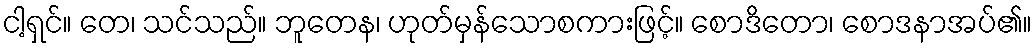
ငါ့ရှင်။ တေ၊ သင်သည်။ ဘူတေန၊ ဟုတ်မှန်သောစကားဖြင့်။ စောဒိတော၊ စောဒနာအပ်၏။